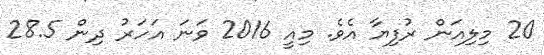
20 މިލިއަން ރުފިޔާ އެވެ. މިއީ 2016 ވަނަ އަހަރު ދިން 28.5